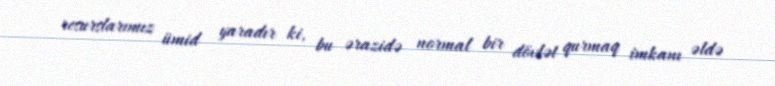
resurslarımız ümid yaradır ki, bu ərazidə normal bir dövlət qurmaq imkanı əldə